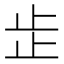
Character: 𣥕